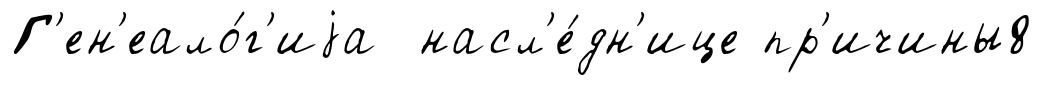
Г'ен'еало́г'иjа насл'е́дн'ице пр'ичины8